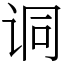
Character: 𫍣